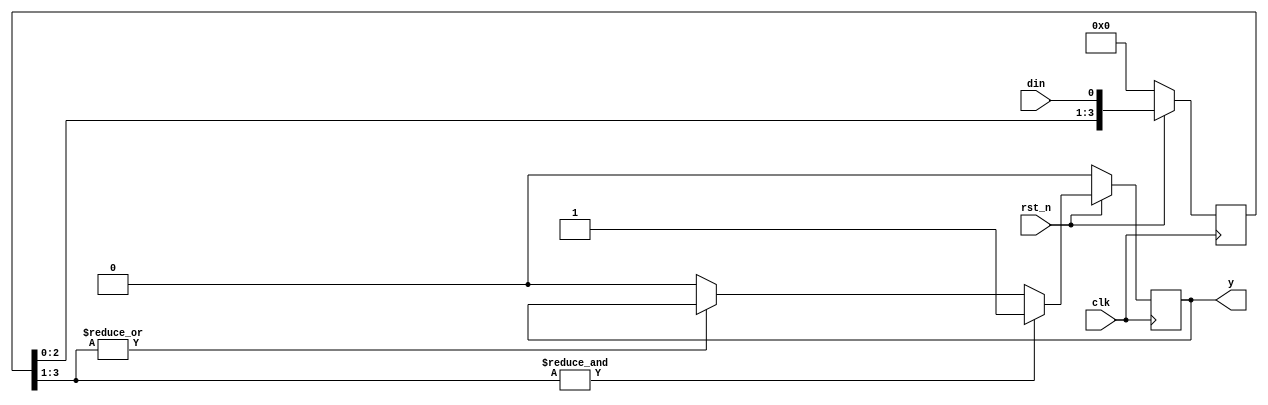
module filter(output reg y, input clk, rst_n, din);
    reg [3:0] q;

    always @(posedge clk) begin
        if(!rst_n)
        begin
            q <= 4'b0;
            y <= 1'b0;
        end
        else
        begin
            if (&q[3:1])        y <= 1'b1;
            else if (~|q[3:1])  y <= 1'b0;

            q <= {q[2:0], din};
        end
    end 

endmodule